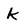
Character: k